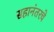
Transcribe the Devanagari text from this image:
सहानंतरचे